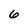
Character: 6